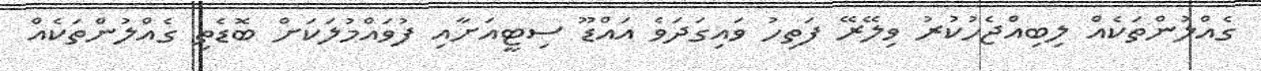
ގެއްލުންތަކެއް ލިބިއްޖެހުކުރު ވިލޭރޭ ފަތިހު ވައިގަދަވެ އައްޑޫ ސިޓީއަށާއި ފުވައްމުލަކަށް ބޮޑެތި ގެއްލުންތަކެއް